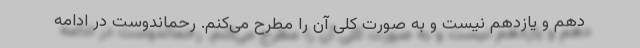
دهم و یازدهم نیست و به صورت کلی آن را مطرح می‌کنم. رحماندوست در ادامه